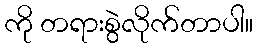
ကို တရားစွဲလိုက်တာပါ။